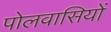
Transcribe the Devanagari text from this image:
पोलवासियों